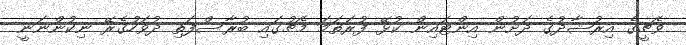
ވެޗީގެ އިރުޝާދުގެ ދަށުން އިންޓައިން ކުޅޭ ފުރަތަމަ މެޗުގައި ބުރާސްފަތި ދުވަހުގެރޭ ނިކުންނަނީ